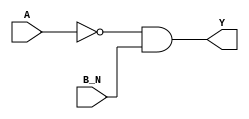
/*
 * Copyright 2020 The SkyWater PDK Authors
 *
 * Licensed under the Apache License, Version 2.0 (the "License");
 * you may not use this file except in compliance with the License.
 * You may obtain a copy of the License at
 *
 *     https://www.apache.org/licenses/LICENSE-2.0
 *
 * Unless required by applicable law or agreed to in writing, software
 * distributed under the License is distributed on an "AS IS" BASIS,
 * WITHOUT WARRANTIES OR CONDITIONS OF ANY KIND, either express or implied.
 * See the License for the specific language governing permissions and
 * limitations under the License.
 *
 * SPDX-License-Identifier: Apache-2.0
*/


`ifndef SKY130_FD_SC_HDLL__NOR2B_FUNCTIONAL_V
`define SKY130_FD_SC_HDLL__NOR2B_FUNCTIONAL_V

/**
 * nor2b: 2-input NOR, first input inverted.
 *
 *        Y = !(A | B | C | !D)
 *
 * Verilog simulation functional model.
 */

`timescale 1ns / 1ps
`default_nettype none

`celldefine
module sky130_fd_sc_hdll__nor2b (
    Y  ,
    A  ,
    B_N
);

    // Module ports
    output Y  ;
    input  A  ;
    input  B_N;

    // Local signals
    wire not0_out  ;
    wire and0_out_Y;

    //  Name  Output      Other arguments
    not not0 (not0_out  , A              );
    and and0 (and0_out_Y, not0_out, B_N  );
    buf buf0 (Y         , and0_out_Y     );

endmodule
`endcelldefine

`default_nettype wire
`endif  // SKY130_FD_SC_HDLL__NOR2B_FUNCTIONAL_V